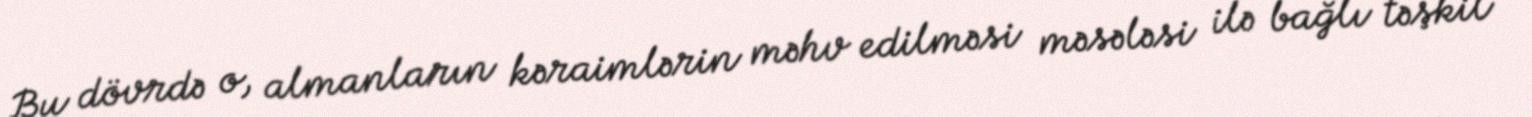
Bu dövrdə o, almanların kəraimlərin məhv edilməsi məsələsi ilə bağlı təşkil